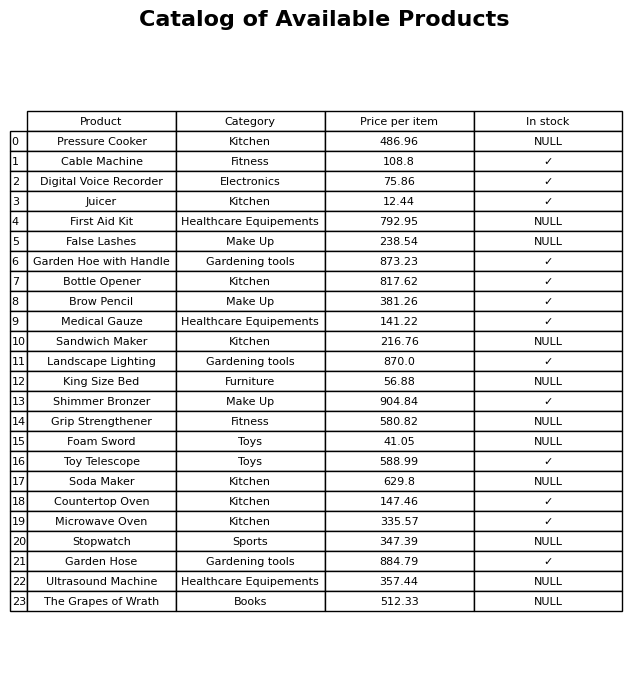
question: What is the stock status of the Soda Maker?
answer: NULL